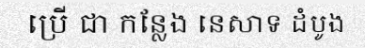
ប្រើ ជា កន្លែង នេសាទ ដំបូង